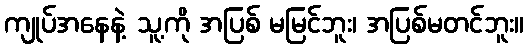
ကျုပ်အနေနဲ့ သူ့ကို အပြစ် မမြင်ဘူး၊ အပြစ်မတင်ဘူး။